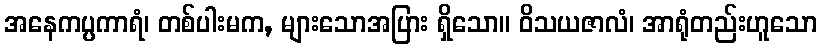
အနေကပ္ပကာရံ၊ တစ်ပါးမက, များသောအပြား ရှိသော။ ဝိသယဇာလံ၊ အာရုံတည်းဟူသော